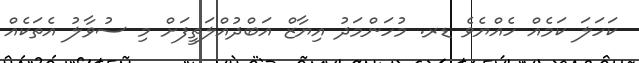
ކަހަލަ ކަމެއް ހެއްޔެވެ ޑރ. މުހަންމަދު އިޔާޒް އަބްދުއްލަތީފަށް މި ސުވާލު އެތަކެއް